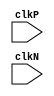
`timescale 1ns/10ps
module mips_pipeline(input clkP,clkN);

reg[31:0] PC, IF_ID_NPC, IF_ID_IR;
reg[31:0] ID_EX_IR, ID_EX_NPC, ID_EX_A, ID_EX_B, ID_EX_Imm;
reg [31:0] ALUop1, ALUop2;
reg[31:0] EX_MEM_IR, EX_MEM_ALUout, EX_MEM_B;
reg[31:0] MEM_WB_IR, MEM_WB_ALUout, MEM_WB_LMD;
reg[31:0] WB_FETCH_IR,WB_FETCH_type,WB_FETCH_ALUout,WB_FETCH_LMD;
reg[2:0] ID_EX_type, EX_MEM_type, MEM_WB_type;
reg[31:0] Reg_File[31:0];
reg[31:0] Inst_Mem[15:0], Data_Mem[15:0];
reg HALTED;
reg BRANCH_Condition; 
	
parameter ADD=6'b001110, SUB=6'b000001, MUL=6'b000010, OR=6'b000011, AND=6'b000100,
          SLT=6'b000101, LW=6'b000110, SW=6'b000111, ADDI=6'b001000, SUBI=6'b001001,
          SLTI=6'b001010, BEQ=6'b001011, BNEQ=6'b001100, JMP=6'b001101, HLT=6'b111111;
		  
parameter RR_ALU=3'b110, RM_ALU=3'b001, LOAD=3'b010, STORE=3'b011, BRANCH=3'b100, JUMP=3'b101, HALT=3'b111;


// IF STAGE
always@(posedge clkP)
begin

if(HALTED == 0)
begin

// CONDITIONAL BRANCH HAZARD MITIGATION
if(((EX_MEM_IR[31:26] == BNEQ) && (BRANCH_Condition == 0)) || ((EX_MEM_IR[31:26] == BEQ) && (BRANCH_Condition == 1)))
begin
IF_ID_IR <= #3 Inst_Mem[EX_MEM_ALUout];
IF_ID_NPC <= #3 EX_MEM_ALUout + 1;
PC <= #3 EX_MEM_ALUout + 1;
end

// UNCONDITIONAL JUMP HAZARD MITIGATION
else if(IF_ID_IR[31:26] == JMP)
begin
IF_ID_IR <= #3 Inst_Mem[{{6{IF_ID_IR[25]}} , IF_ID_IR[25:0]}];
IF_ID_NPC <= #3 {{6{IF_ID_IR[25]}} , IF_ID_IR[25:0]} +1;
PC <= #3 {{6{IF_ID_IR[25]}} , IF_ID_IR[25:0]} +1;
end

// STALL FOR DATA RAW DEPENDENCY WITH PREVIOUS LOAD INSTRUCTION 
else if((ID_EX_IR[31:26] == LW ) && ((ID_EX_IR[20:16] == IF_ID_IR[25:21]) || (ID_EX_IR[20:16] == IF_ID_IR[20:16])))
begin
IF_ID_IR <= IF_ID_IR;
IF_ID_NPC <= IF_ID_NPC;
PC <= PC;
end

else
begin
IF_ID_IR <= #3 Inst_Mem[PC];
IF_ID_NPC <= #3 PC + 1;
PC <= #3 PC + 1;
end

end
end

// ID STAGE
always@(posedge clkN)
begin

if(HALTED == 0)
begin

// FLUSHING INSTRUCTION FOR CONDITIONAL BRANCH HAZARD MITIGATION
if(((EX_MEM_IR[31:26] == BNEQ) && (BRANCH_Condition == 0)) || ((EX_MEM_IR[31:26] == BEQ) && (BRANCH_Condition == 1)))
begin
ID_EX_A <= #3 0;
ID_EX_B<= #3 0;
ID_EX_IR <= #3 0;
ID_EX_Imm <= #3 0;
ID_EX_NPC <= #3 0;
ID_EX_type <= #3 0;
end

// FLUSHING INSTRUCTION FOR DATA RAW DEPENDENCY WITH PREVIOUS LOAD INSTRUCTION
else if((ID_EX_IR[31:26] == LW ) && ((ID_EX_IR[20:16] == IF_ID_IR[25:21]) || (ID_EX_IR[20:16] == IF_ID_IR[20:16])))
begin
ID_EX_A <= #3 0;
ID_EX_B <= #3 0;
ID_EX_IR <= #3 0;
ID_EX_Imm <= #3 0;
ID_EX_NPC <= #3 0;
ID_EX_type <= #3 0;
end

else 
begin

if(IF_ID_IR[25:21] == 5'b00000)
ID_EX_A <= 0;
else 
ID_EX_A <= #3 Reg_File[IF_ID_IR[25:21]];

if(IF_ID_IR[20:16] == 5'b00000)
ID_EX_B <= 0;
else
ID_EX_B <= #3 Reg_File[IF_ID_IR[20:16]];

ID_EX_IR <= #3 IF_ID_IR;
ID_EX_NPC <= #3 IF_ID_NPC;
ID_EX_Imm <= #3 {{16{IF_ID_IR[15]}}, {IF_ID_IR[15:0]}};

case (IF_ID_IR[31:26])

ADD,SUB,MUL,SLT,AND,OR : ID_EX_type <= #3 RR_ALU;
ADDI,SUBI, SLTI : ID_EX_type <= #3 RM_ALU;
LW : ID_EX_type <= #3 LOAD;
SW : ID_EX_type <= #3 STORE;
BEQ,BNEQ : ID_EX_type <= #3 BRANCH;
JMP : ID_EX_type <= #3 JUMP;
HLT : ID_EX_type <= #3 HALT;

endcase

end

end  
end


// EX STAGE
always@(posedge clkP)
begin

if(HALTED == 0)
begin

// FLUSHING INSTRUCTION FOR CONDITIONAL BRANCH HAZARD MITIGATION
if(((EX_MEM_IR[31:26] == BNEQ) && (BRANCH_Condition == 0)) || ((EX_MEM_IR[31:26] == BEQ) && (BRANCH_Condition == 1)))
begin
EX_MEM_ALUout <= #3 0;
EX_MEM_B <= #3 0;
EX_MEM_IR <= #3 0;
EX_MEM_type <= #3 0;
BRANCH_Condition <= #3 0;
end

else
begin

// DATA-FORWARDING FOR DATA RAW DEPENDENCY WITH PREVIOUS INSTRUCTIONS

if ((MEM_WB_IR[31:26] == LW) && (ID_EX_IR[25:21] == MEM_WB_IR[20:16]))
ALUop1 = #3 MEM_WB_LMD;
else if((EX_MEM_type == RR_ALU) && (ID_EX_IR[25:21] == EX_MEM_IR[15:11]))
ALUop1 = #3 EX_MEM_ALUout;
else if((MEM_WB_type == RR_ALU) && (ID_EX_IR[25:21] == MEM_WB_IR[15:11]))
ALUop1 = #3 MEM_WB_ALUout;
else if ((EX_MEM_type == RM_ALU) &&(ID_EX_IR[25:21] == EX_MEM_IR[20:16]))
ALUop1 = #3 EX_MEM_ALUout;
else if ((MEM_WB_type == RM_ALU) && (ID_EX_IR[25:21] == MEM_WB_IR[20:16]))
ALUop1 = #3 MEM_WB_ALUout;
else
ALUop1 = #3 ID_EX_A;

if ((MEM_WB_IR[31:26] == LW) && ((ID_EX_type == RR_ALU) || (ID_EX_type == BRANCH)) && (ID_EX_IR[20:16] == MEM_WB_IR[20:16]))
ALUop2 = #3 MEM_WB_LMD; 
else if((EX_MEM_type == RR_ALU) && ((ID_EX_type == RR_ALU) || (ID_EX_type == BRANCH)) && (ID_EX_IR[20:16] == EX_MEM_IR[15:11]))
ALUop2 = #3 EX_MEM_ALUout;
else if((MEM_WB_type == RR_ALU) && ((ID_EX_type == RR_ALU) || (ID_EX_type == BRANCH)) && (ID_EX_IR[20:16] == MEM_WB_IR[15:11]))
ALUop2 = #3 MEM_WB_ALUout;
else if ((EX_MEM_type == RM_ALU) && ((ID_EX_type == RR_ALU) || (ID_EX_type == BRANCH)) && (ID_EX_IR[20:16] == EX_MEM_IR[20:16]))
ALUop2 = #3 EX_MEM_ALUout;
else if ((MEM_WB_type == RM_ALU) && ((ID_EX_type == RR_ALU) || (ID_EX_type == BRANCH)) && (ID_EX_IR[20:16] == MEM_WB_IR[20:16]))
ALUop2 = #3 MEM_WB_ALUout;   
else 
ALUop2 = #3 ID_EX_B;

case(ID_EX_type)

RR_ALU : begin               
               case(ID_EX_IR[31:26])
                ADD : EX_MEM_ALUout <= #3 ALUop1 + ALUop2;
                SUB : EX_MEM_ALUout <= #3 ALUop1 - ALUop2;
				MUL : EX_MEM_ALUout <= #3 ALUop1 * ALUop2;
				SLT : EX_MEM_ALUout <= #3 ALUop1 < ALUop2;
				AND : EX_MEM_ALUout <= #3 ALUop1 & ALUop2;
				OR  : EX_MEM_ALUout <= #3 ALUop1 | ALUop2;
				
				default : EX_MEM_ALUout <= #3 32'hxxxxxxxx;
			   endcase
				
		end
		
RM_ALU : begin
               case(ID_EX_IR[31:26])
			     ADDI : EX_MEM_ALUout <= #3 ALUop1 + ID_EX_Imm;
				 SUBI : EX_MEM_ALUout <= #3 ALUop1 - ID_EX_Imm;
				 SLTI : EX_MEM_ALUout <= #3 ALUop1 < ID_EX_Imm;
				 
				 default : EX_MEM_ALUout <= #3 32'hxxxxxxxx;
			   endcase
			   
         end
		 
LOAD,STORE : begin
                   EX_MEM_ALUout <= #3 ALUop1 + ID_EX_Imm;
                   EX_MEM_B <= #3 ALUop2;
             end
			 
BRANCH : begin
               EX_MEM_ALUout <= #3 ID_EX_NPC + ID_EX_Imm;
			   BRANCH_Condition <= #3 (ALUop1 == ALUop2);
		 end      			 
		 		 
endcase

EX_MEM_IR <= #3 ID_EX_IR;
EX_MEM_type <= #3 ID_EX_type;

end

end
end

// MEM STAGE
always@(posedge clkN)
begin

if(HALTED == 0)
begin

case (EX_MEM_type)
RR_ALU,RM_ALU : MEM_WB_ALUout <= #3 EX_MEM_ALUout;
LOAD : MEM_WB_LMD <= #3 Data_Mem[EX_MEM_ALUout];
STORE : Data_Mem[EX_MEM_ALUout] <= #3 EX_MEM_B;
endcase

MEM_WB_type <= #3 EX_MEM_type;
MEM_WB_IR <= #3 EX_MEM_IR;

end
end

// WB STAGE
always@(posedge clkP)
begin

if(HALTED == 0)
begin

case (MEM_WB_type)
RR_ALU : Reg_File[MEM_WB_IR[15:11]] <= #3 MEM_WB_ALUout;
RM_ALU : Reg_File[MEM_WB_IR[20:16]] <= #3 MEM_WB_ALUout;
LOAD : Reg_File[MEM_WB_IR[20:16]] <= #3 MEM_WB_LMD; 
HALT : HALTED <= #3 1'b1;
endcase

end
end


endmodule